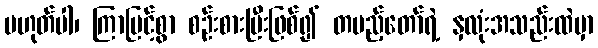
မဟုတ်ပါ၊ ကြာမြင့်စွာ စဉ်းစားပြီးဖြစ်၍ တပည့်တော်ရဲ့ နှလုံးအသည်းထဲမှာ